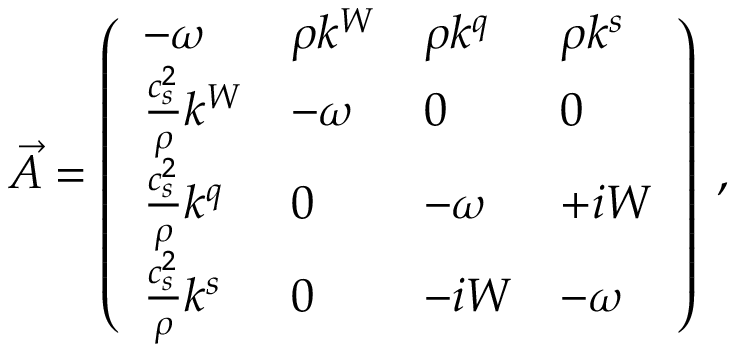
\vec { A } = \left( \begin{array} { l l l l } { - { \omega } } & { \rho k ^ { W } } & { \rho k ^ { q } } & { \rho k ^ { s } } \\ { \frac { c _ { s } ^ { 2 } } { \rho } k ^ { W } } & { - { \omega } } & { 0 } & { 0 } \\ { \frac { c _ { s } ^ { 2 } } { \rho } k ^ { q } } & { 0 } & { - { \omega } } & { + i W } \\ { \frac { c _ { s } ^ { 2 } } { \rho } k ^ { s } } & { 0 } & { - i W } & { - { \omega } } \end{array} \right) \; ,